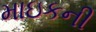
માઇકની